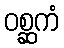
ဝစ္ဆကံ